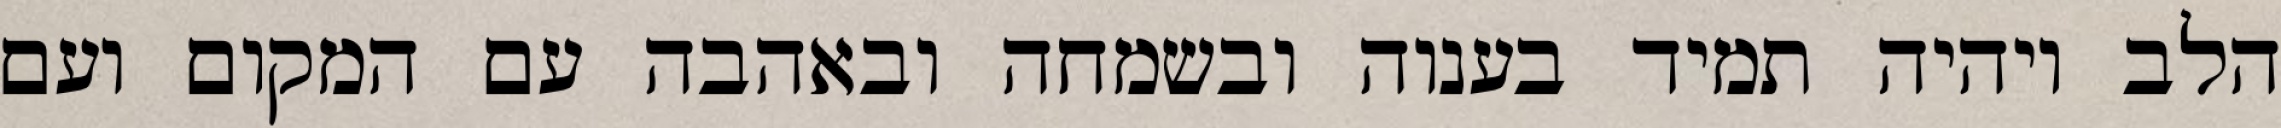
הלב ויהיה תמיד בענוה ובשמחה ובאהבה עם המקום ועם